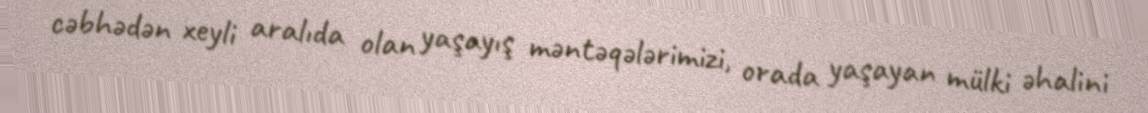
cəbhədən xeyli aralıda olan yaşayış məntəqələrimizi, orada yaşayan mülki əhalini